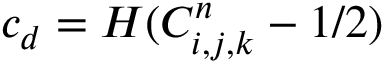
c _ { d } = H ( C _ { i , j , k } ^ { n } - 1 / 2 )